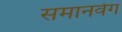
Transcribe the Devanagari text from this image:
समानवेग